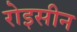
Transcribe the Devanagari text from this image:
रोइसीन